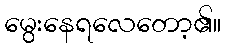
မွေးနေရလေတော့၏။